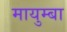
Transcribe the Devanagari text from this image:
मायुम्बा